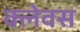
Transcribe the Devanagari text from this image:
क्लेवस